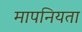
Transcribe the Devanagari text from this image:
मापनियता